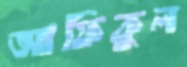
আফিকুল